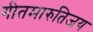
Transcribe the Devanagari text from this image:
गीतमारुतिजय